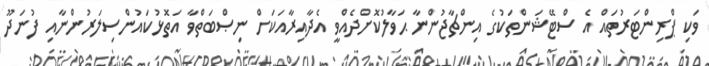
ވަކި ޕްރިންޓަރުތައް އެ ސްޓޭޝަންތަކުގެ އިންޗާޖުންނާ ޙަވާލުކޮށްދެއްވީ އެދާއިރާއަކަށް ނިޞްބަތްވާ އަތޮޅުކައުންސިލަރުންނާއި ފުނަދޫ